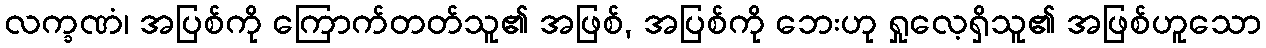
လက္ခဏံ၊ အပြစ်ကို ကြောက်တတ်သူ၏ အဖြစ်, အပြစ်ကို ဘေးဟု ရှုလေ့ရှိသူ၏ အဖြစ်ဟူသော